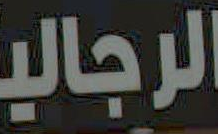
الرجالية